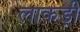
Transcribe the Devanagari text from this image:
लाकड़ी